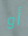
أو